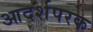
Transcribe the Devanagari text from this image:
आदर्शपरक